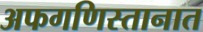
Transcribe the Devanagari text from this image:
अफगणिस्तानात